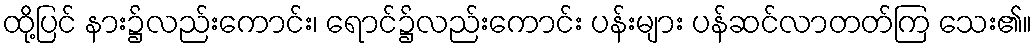
ထို့ပြင် နား၌လည်းကောင်း၊ ရောင်၌လည်းကောင်း ပန်းများ ပန်ဆင်လာတတ်ကြ သေး၏။